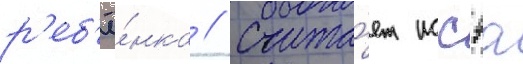
р'еб'ё́нка // Счита́ет иссэа